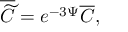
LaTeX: \overline { { { \widetilde { C } } } } = e ^ { - 3 \Psi } \overline { { { C } } } ,